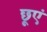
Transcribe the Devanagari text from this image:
छूएं